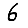
Digit: 6